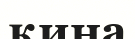
қина